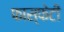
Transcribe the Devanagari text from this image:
फास्फेटी